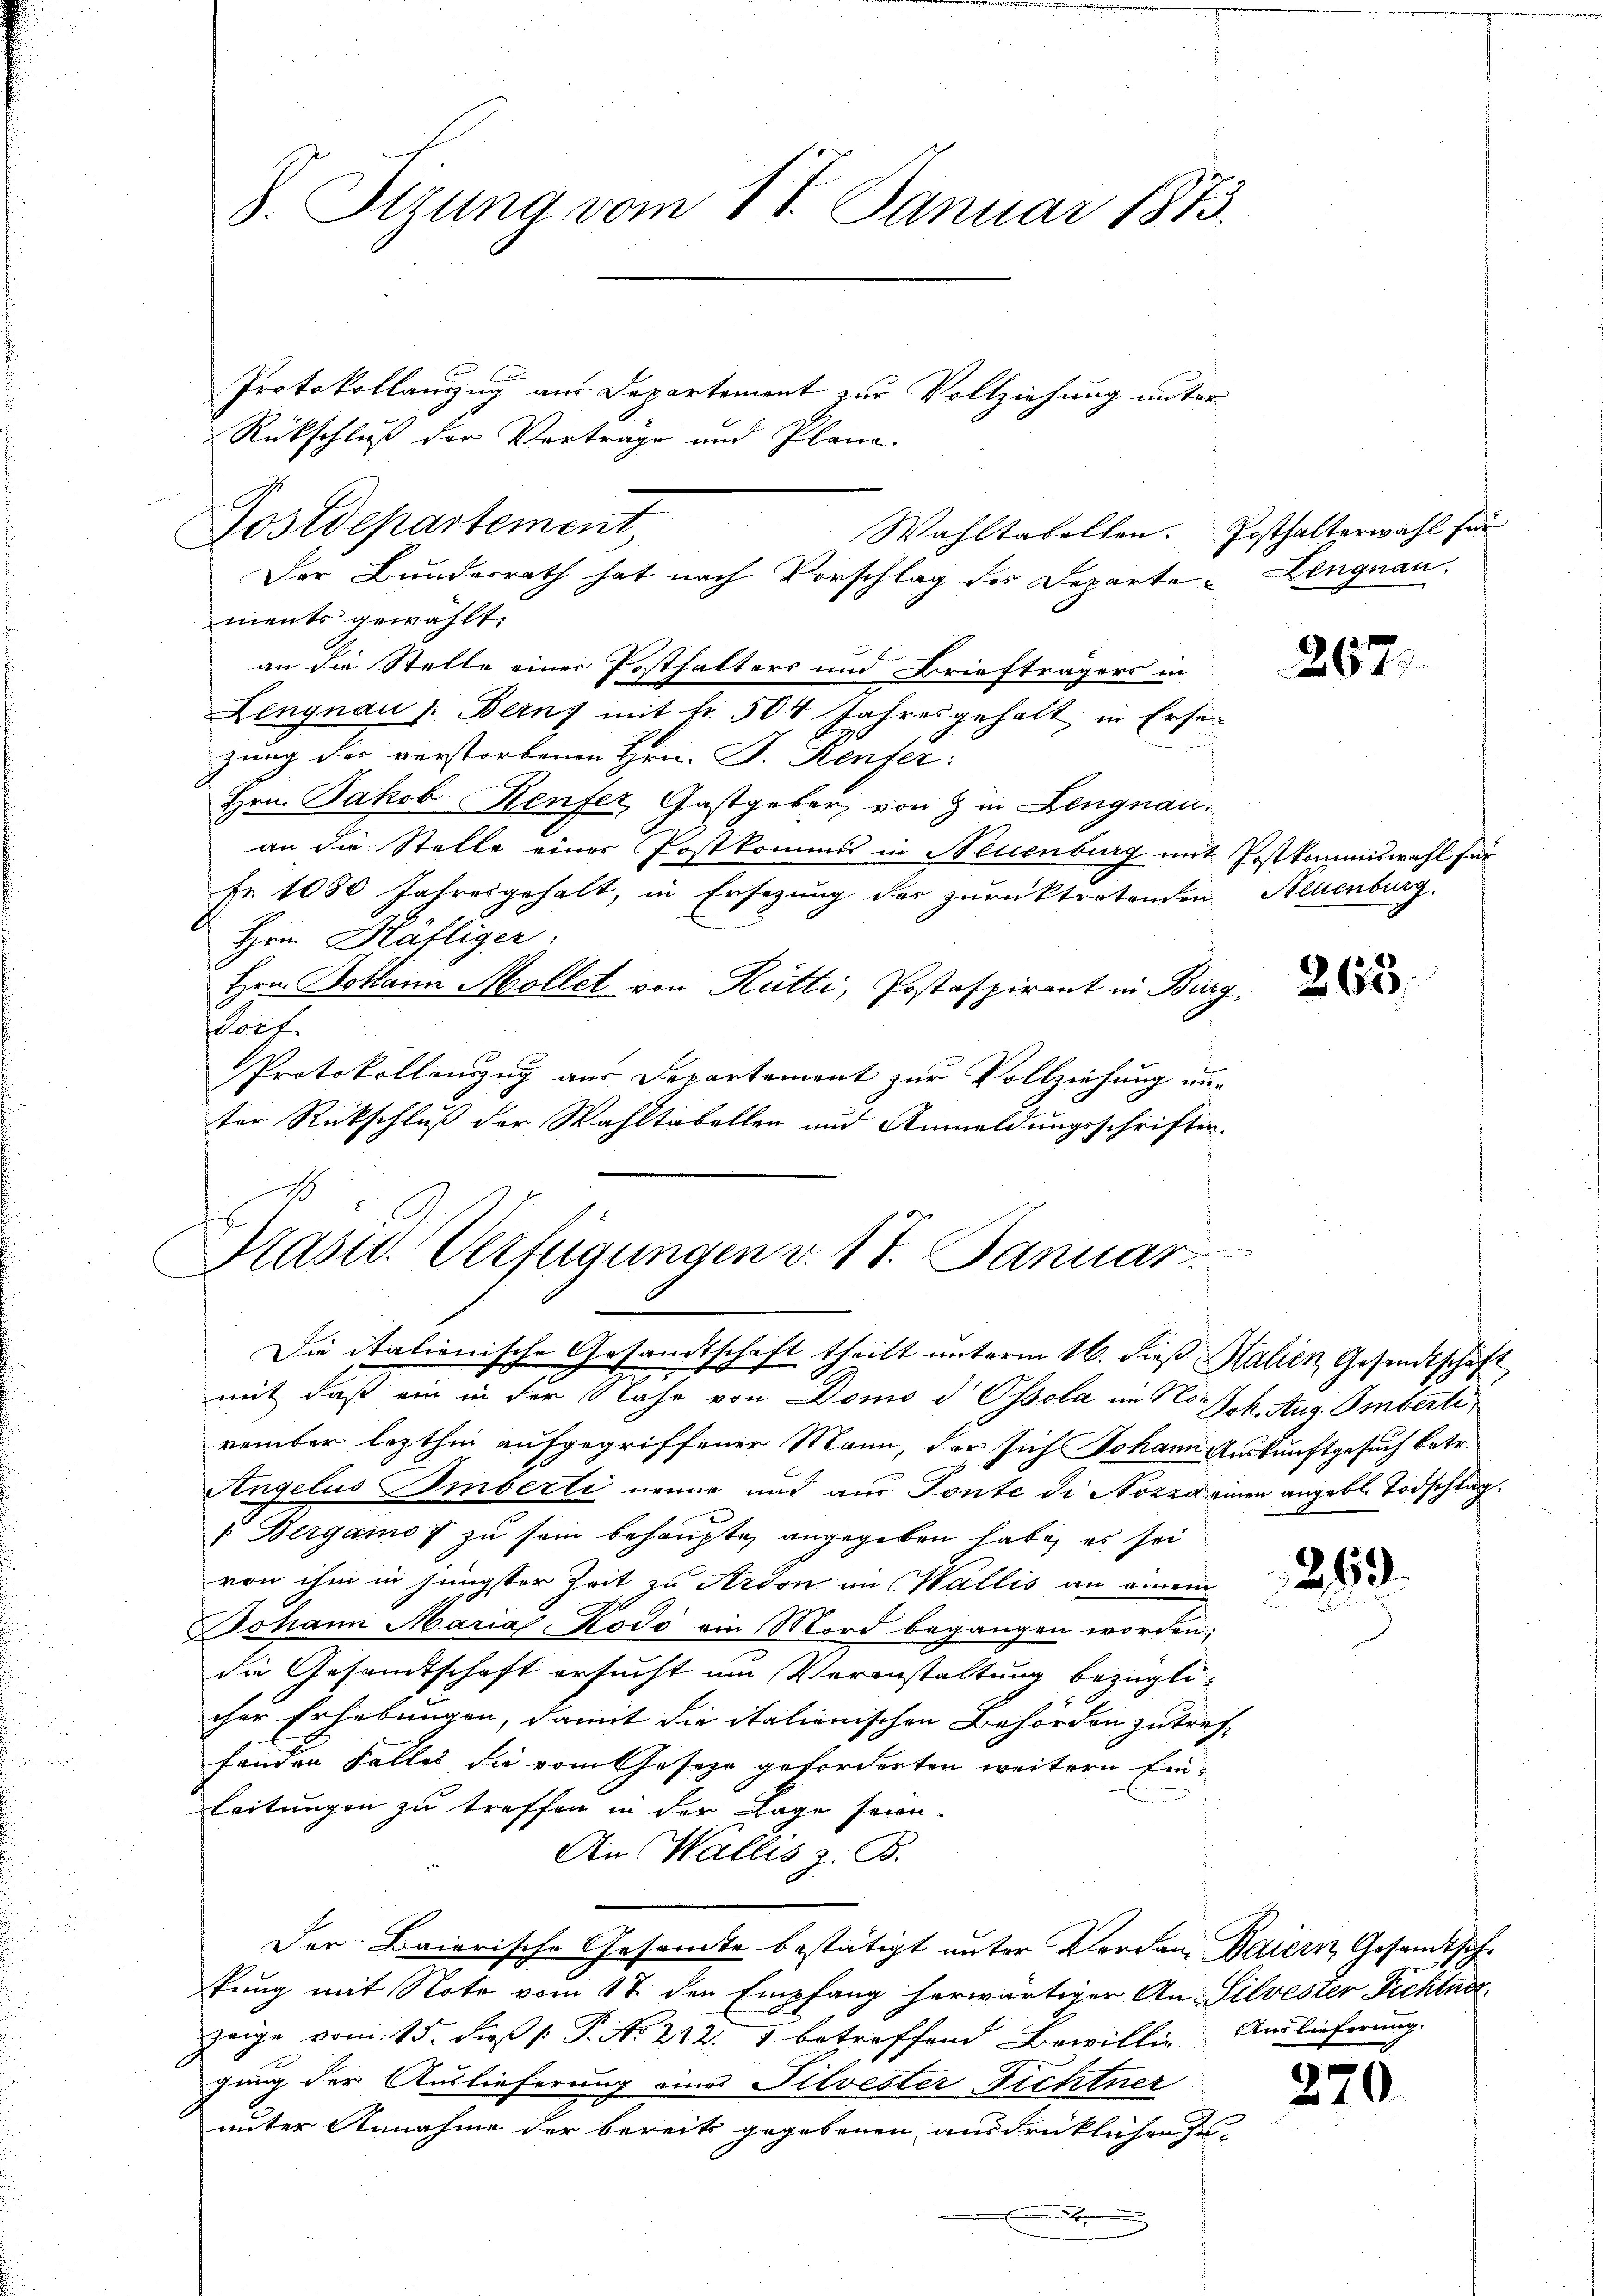
8. Sitzung vom 11. Januar 1873.

Wahltabellen. Posthalterwahl für
ments gewählt.
an die Stelle einer Posthalters und Briefträgers in
Lengnau s. Berny mit Fr. 504 Jahresgehalt, in Ersezung des verstorbenen Hrn. F. Reufer:
Hrn. Jakob Keufer, Gastgeber, von 8 in Lengnau.
an die Stelle einer Postkommst in Neuenburg mit Postkommiswahl für
Fr. 1080 Jahresgehalt, in Ersezung des zurücktretenden Neuenburg.
Hrn. Häfliger
Hrn. Bollain Mollet von Rütti, Postaspirant in Burg,
Dorf
Protokollenzug aus Departement zur Vollziehung nur
ter Rückschluß der Wahltabellen und Anmeldungsschriften.
Kast. Verfügungen v. 17. Januar

Postdepartement,
Der Bundesrath hat nach Vorschlag des Departe¬

Protokollauszug aus Departement zur Vollziehung unter
Rückschluß der Vorträge und Plane.

Die italienische Gesandtschaft theilt unterm 16. dieß Salien Gesandtschaft
e

mit, daß ein in der Nahe von Domo d Ossola im No. Joh. Aug. Amberte
vember lezthin aufgegriffenen Mann, der sich Johann Auskunftgesuch betr.
Angelus Imberti nenne und aus Tonte di Nozza einen angebl. Todschlag.
Bergamo 7 zu sein behaupten angegeben habe, es sei
von ihm in jüngster Zeit zu Ardon an Wallis an einem
Johann Maria-Kodo ein Mord begangen worden;
die Gesamtschaft ersucht um Veranstaltung bezüglicher Erhebungen, damit die italienischen Behörden zutreff
fänden Falles die vom Gesetze geforderten weitern Ein¬
Leitungen zu treffen in der Lage seien.
An Wallis z. B.
Der Baierische Gesamte bestätigt unter Verdan Baiern, Gesandtsche
kung mit Note vom 17. den Empfang herwärtiger An- Silvester Fichtner
zeige vom 15. Fuß [ P. Nr. 212. 1 betreffend Bewillig Auslieferung.
gung der Auslieferung eines Silvester Fichtner
unter Annahme der bereits gegebenen ausdrücklichen Zu¬

Lengnau.

2677

265.

259.

270.